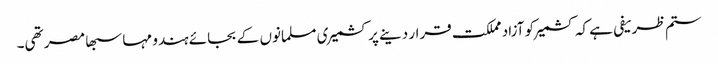
ستم ظریفی ہے کہ کشمیر کو آزاد مملکت قرار دینے پر کشمیری مسلمانوں کے بجائے ہندو مہا سبھا مصر تھی۔